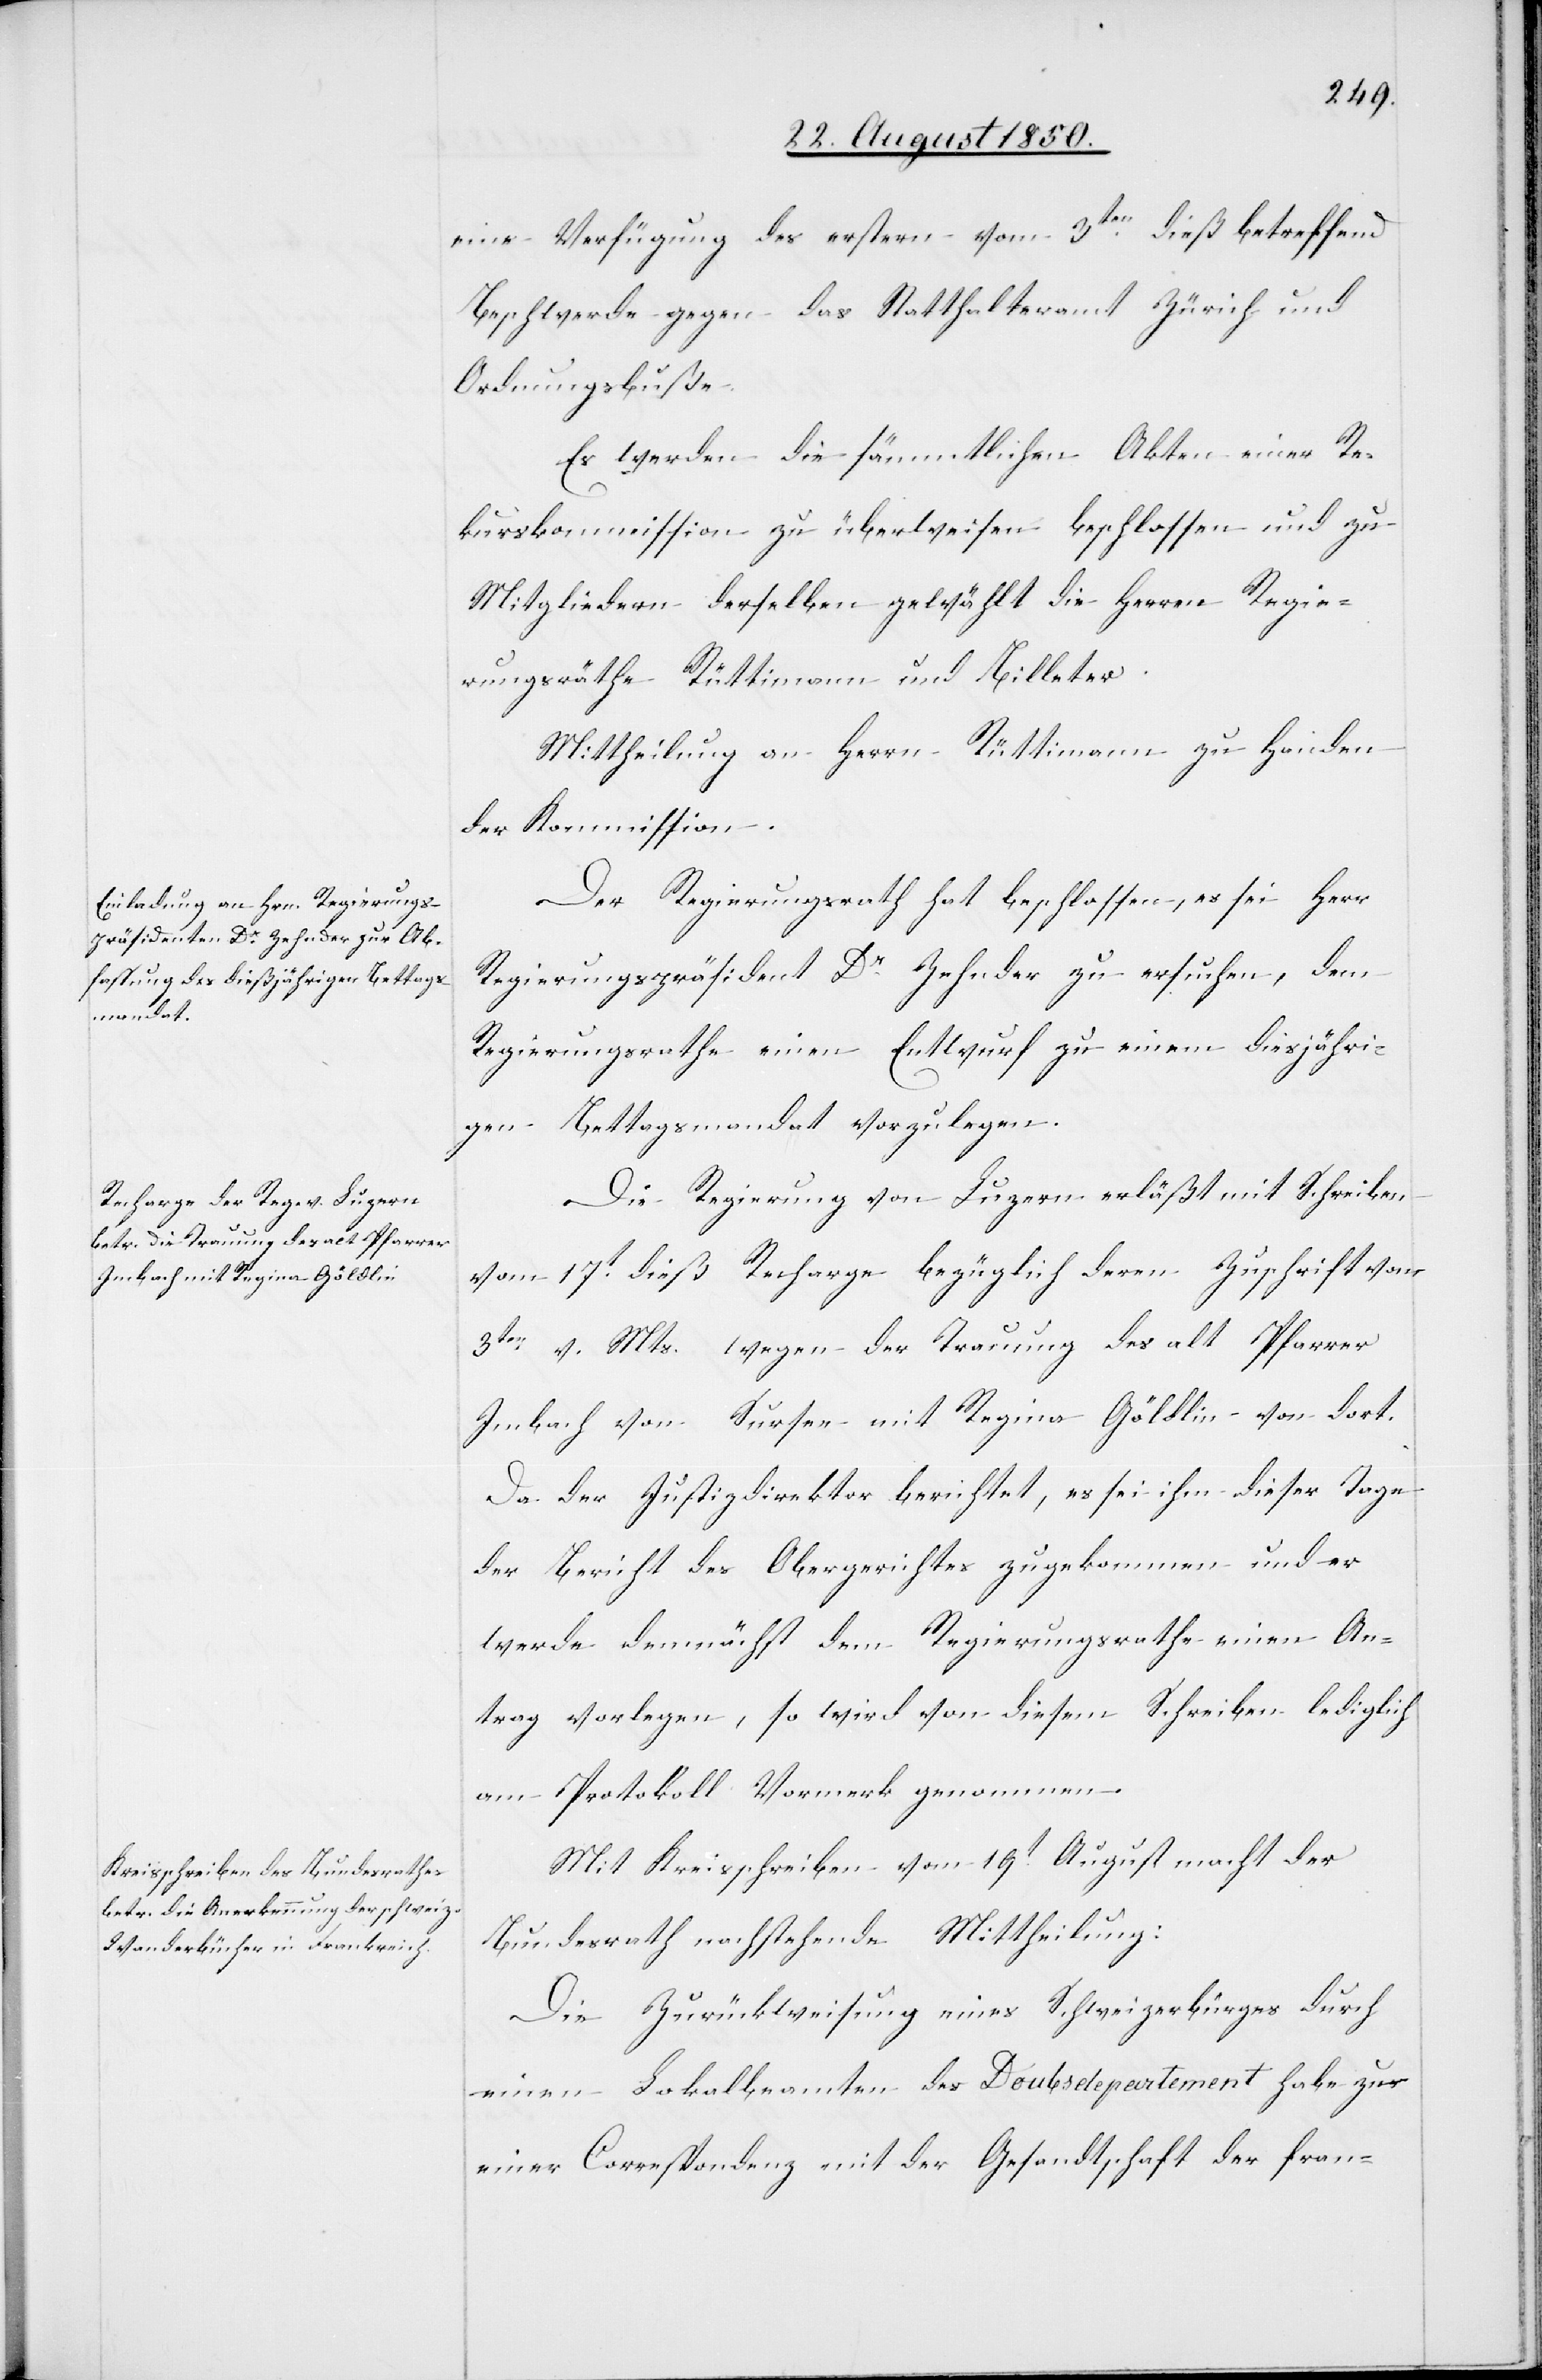
eine Verfügung des erstern vom 3ten dieß betreffend
Beschwerde gegen das Statthalteramt Zürich und
Ordnungsbuße.
Es werden die sämmtlichen Akten einer Re¬
kurskommission zu überweisen beschlossen und zu
Mitgliedern derselben gewählt die Herren Regie¬
rungsräthe Rüttimann und Billeter.
Mittheilung an Herrn Rüttimann zu Handen
der Kommission.
Der Regierungsrath hat beschlossen, es sei Herr
Regierungspräsident Dr Zehnder zu ersuchen, dem
Regierungsrathe einen Entwurf zu einem diesjähri¬
gen Bettagsmandat vorzulegen.
Die Regierung von Luzern erläßt mit Schreiben
vom 17ten dieß Recharge bezüglich deren Zuschrift vom
3ten v. Mts. wegen der Trauung des alt Pfarrer
Imbach von Sursee mit Regina Göldlin von dort.
Da der Justizdirektor berichtet, es sei ihm dieser Tage
der Bericht des Obergerichtes zugekommen und er
werde demnächst dem Regierungsrathe einen An¬
trag vorlegen, so wird von diesem Schreiben lediglich
am Protokoll Vormerk genommen.
Mit Kreisschreiben vom 19t August macht der
Bundesrath nachstehende Mittheilung:
Die Zurückweisung eines Schweizerbürge[r]s durch
einen Lokalbeamten des Doubsdepartement habe zu
einer Correspondenz mit der Gesandtschaft der fran-